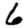
Digit: 6